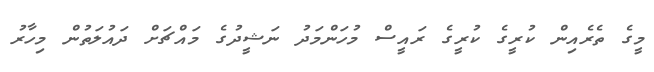
މީގެ ތެރެއިން ކުރީގެ ކުރީގެ ރައީސް މުހަންމަދު ނަޝީދުގެ މައްޗަށް ދައުލަތުން މިހާރު